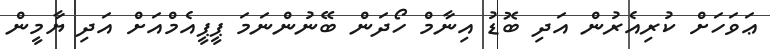
ޢަވަހަށް ކުރިއެރުން އަދި ބޮޑު އިނާމް ހޯދަން ބޭނުންނަމަ ޕީޕީއެމްއަށް އަދި ޔާމީން